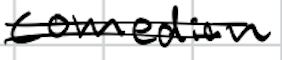
Text: comedian
Cross-out: double-line
Writing tool: digital_black